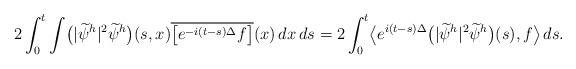
LaTeX: \begin{align*}2\int_0^{t} \int \bigl(|\widetilde\psi^h|^2\widetilde\psi^h\bigr)(s,x) \overline{\bigl[e^{-i(t-s)\Delta} f\bigr]}(x)\, dx\, ds =2\int_0^{t} \bigl\langle e^{i(t-s)\Delta}\bigl(|\widetilde\psi^h|^2\widetilde\psi^h\bigr)(s), f\bigr\rangle \, ds.\end{align*}